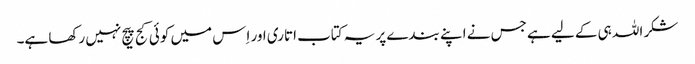
شکر اللہ ہی کے لیے ہے جس نے اپنے بندے پر یہ کتاب اتاری اور اِس میں کوئی کج پیچ نہیں رکھا ہے۔